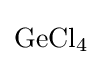
{\mathrm {GeCl} {\vphantom {A}}_{\smash[{t}]{4}}}